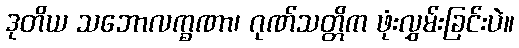
ဒုတိယ သဘောလက္ခဏာ၊ ဂုဏ်သတ္တိက ဖုံးလွှမ်းခြင်းပဲ။